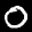
Label: 0